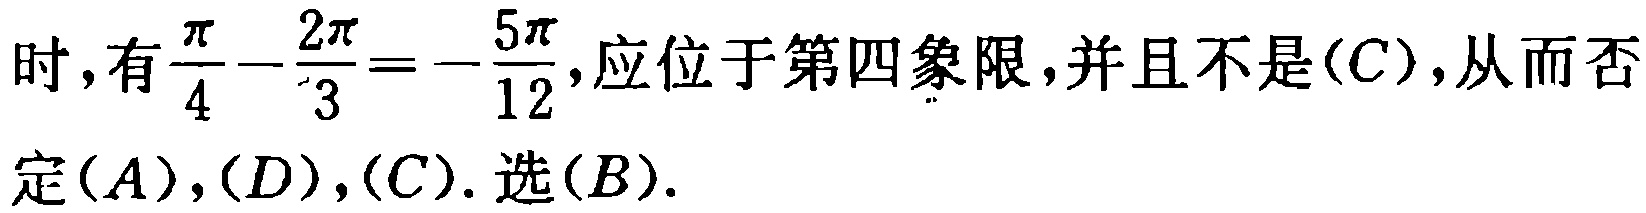
时,有$\frac{\pi}{4}-\frac{2\pi}{3}=-\frac{5\pi}{12}$,应位于第四象限,并且不是$(C)$,从而否定$(A),(D),(C)$. 选$(B)$.